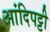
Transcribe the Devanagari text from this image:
आंदिपट्टी